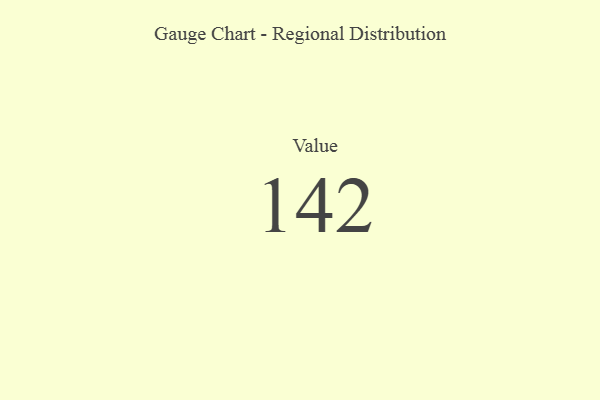
{"axis": {"x": "Metric", "y": "Value"}, "legend": [""], "data": [{"x": "Value", "y": 142, "type": ""}]}